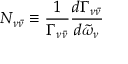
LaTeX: { \cal N } _ { \nu { \bar { \nu } } } \equiv \frac { 1 } { \Gamma _ { \nu { \bar { \nu } } } } \frac { d \Gamma _ { \nu { \bar { \nu } } } } { d { \tilde { \omega } } _ { \nu } } \;